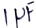
Text: 1µF